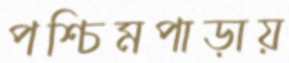
পশ্চিমপাড়ায়